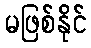
မဖြစ်နိုင်